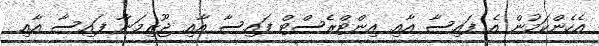
އެހެންކަމުން އެ ފައިސާ އާއި އިންޓްރެސްޓް ފައިސާ އާއި ޖޫރިމަނާ ފައިސާ އާއި